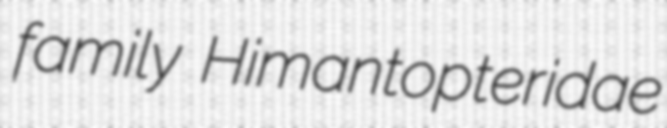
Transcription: family Himantopteridae